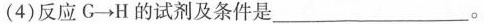
(4)反应G \to H的试剂及条件是___。